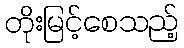
တိုးမြင့်စေသည့်